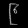
Digit: ၉